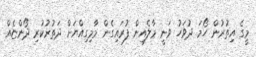
މީގެ އިތުރުން ހޯމަ ދުވަހު ވަނީ މާލެއިން ފުރައިގެން މާމިގިއްޔަށް ދަތުރުކުރި ދޯންޏެއް